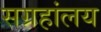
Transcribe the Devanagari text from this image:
सग्रहांलय